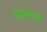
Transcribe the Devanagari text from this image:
पक्षवरकावर